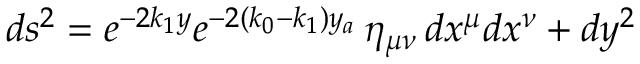
d s ^ { 2 } = e ^ { - 2 k _ { 1 } y } e ^ { - 2 ( k _ { 0 } - k _ { 1 } ) y _ { a } } \, \eta _ { \mu \nu } \, d x ^ { \mu } d x ^ { \nu } + d y ^ { 2 }